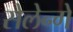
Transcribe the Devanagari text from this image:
सेलेन्गे